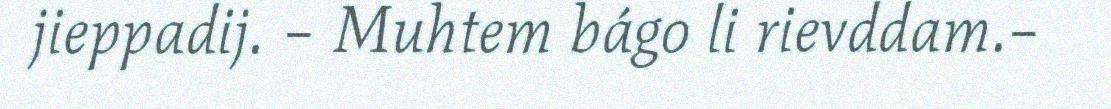
jieppadij. – Muhtem bágo li rievddam.–